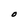
Character: O